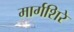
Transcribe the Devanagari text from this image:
मार्गशिरे